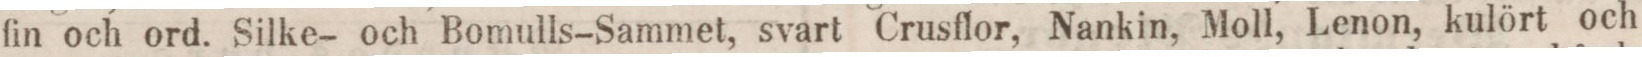
fin och ord. Silke- och Bomulls-Sammet, svart Crusflor, Nankin, Moll, Lenon, kulört och